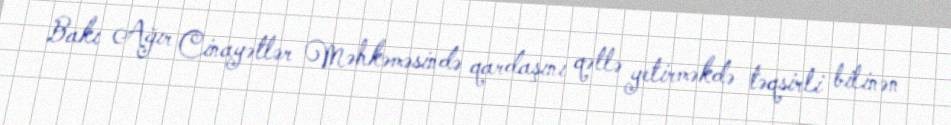
Bakı Ağır Cinayətlər Məhkəməsində qardaşını qətlə yetirməkdə təqsirli bilinən